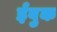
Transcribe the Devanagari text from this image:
ईबुक